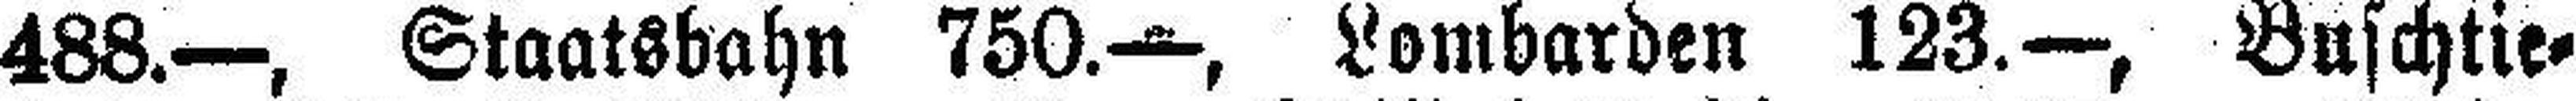
488.—, Staatsbahn 750.—, Lombarden 123.—, Buschtie¬